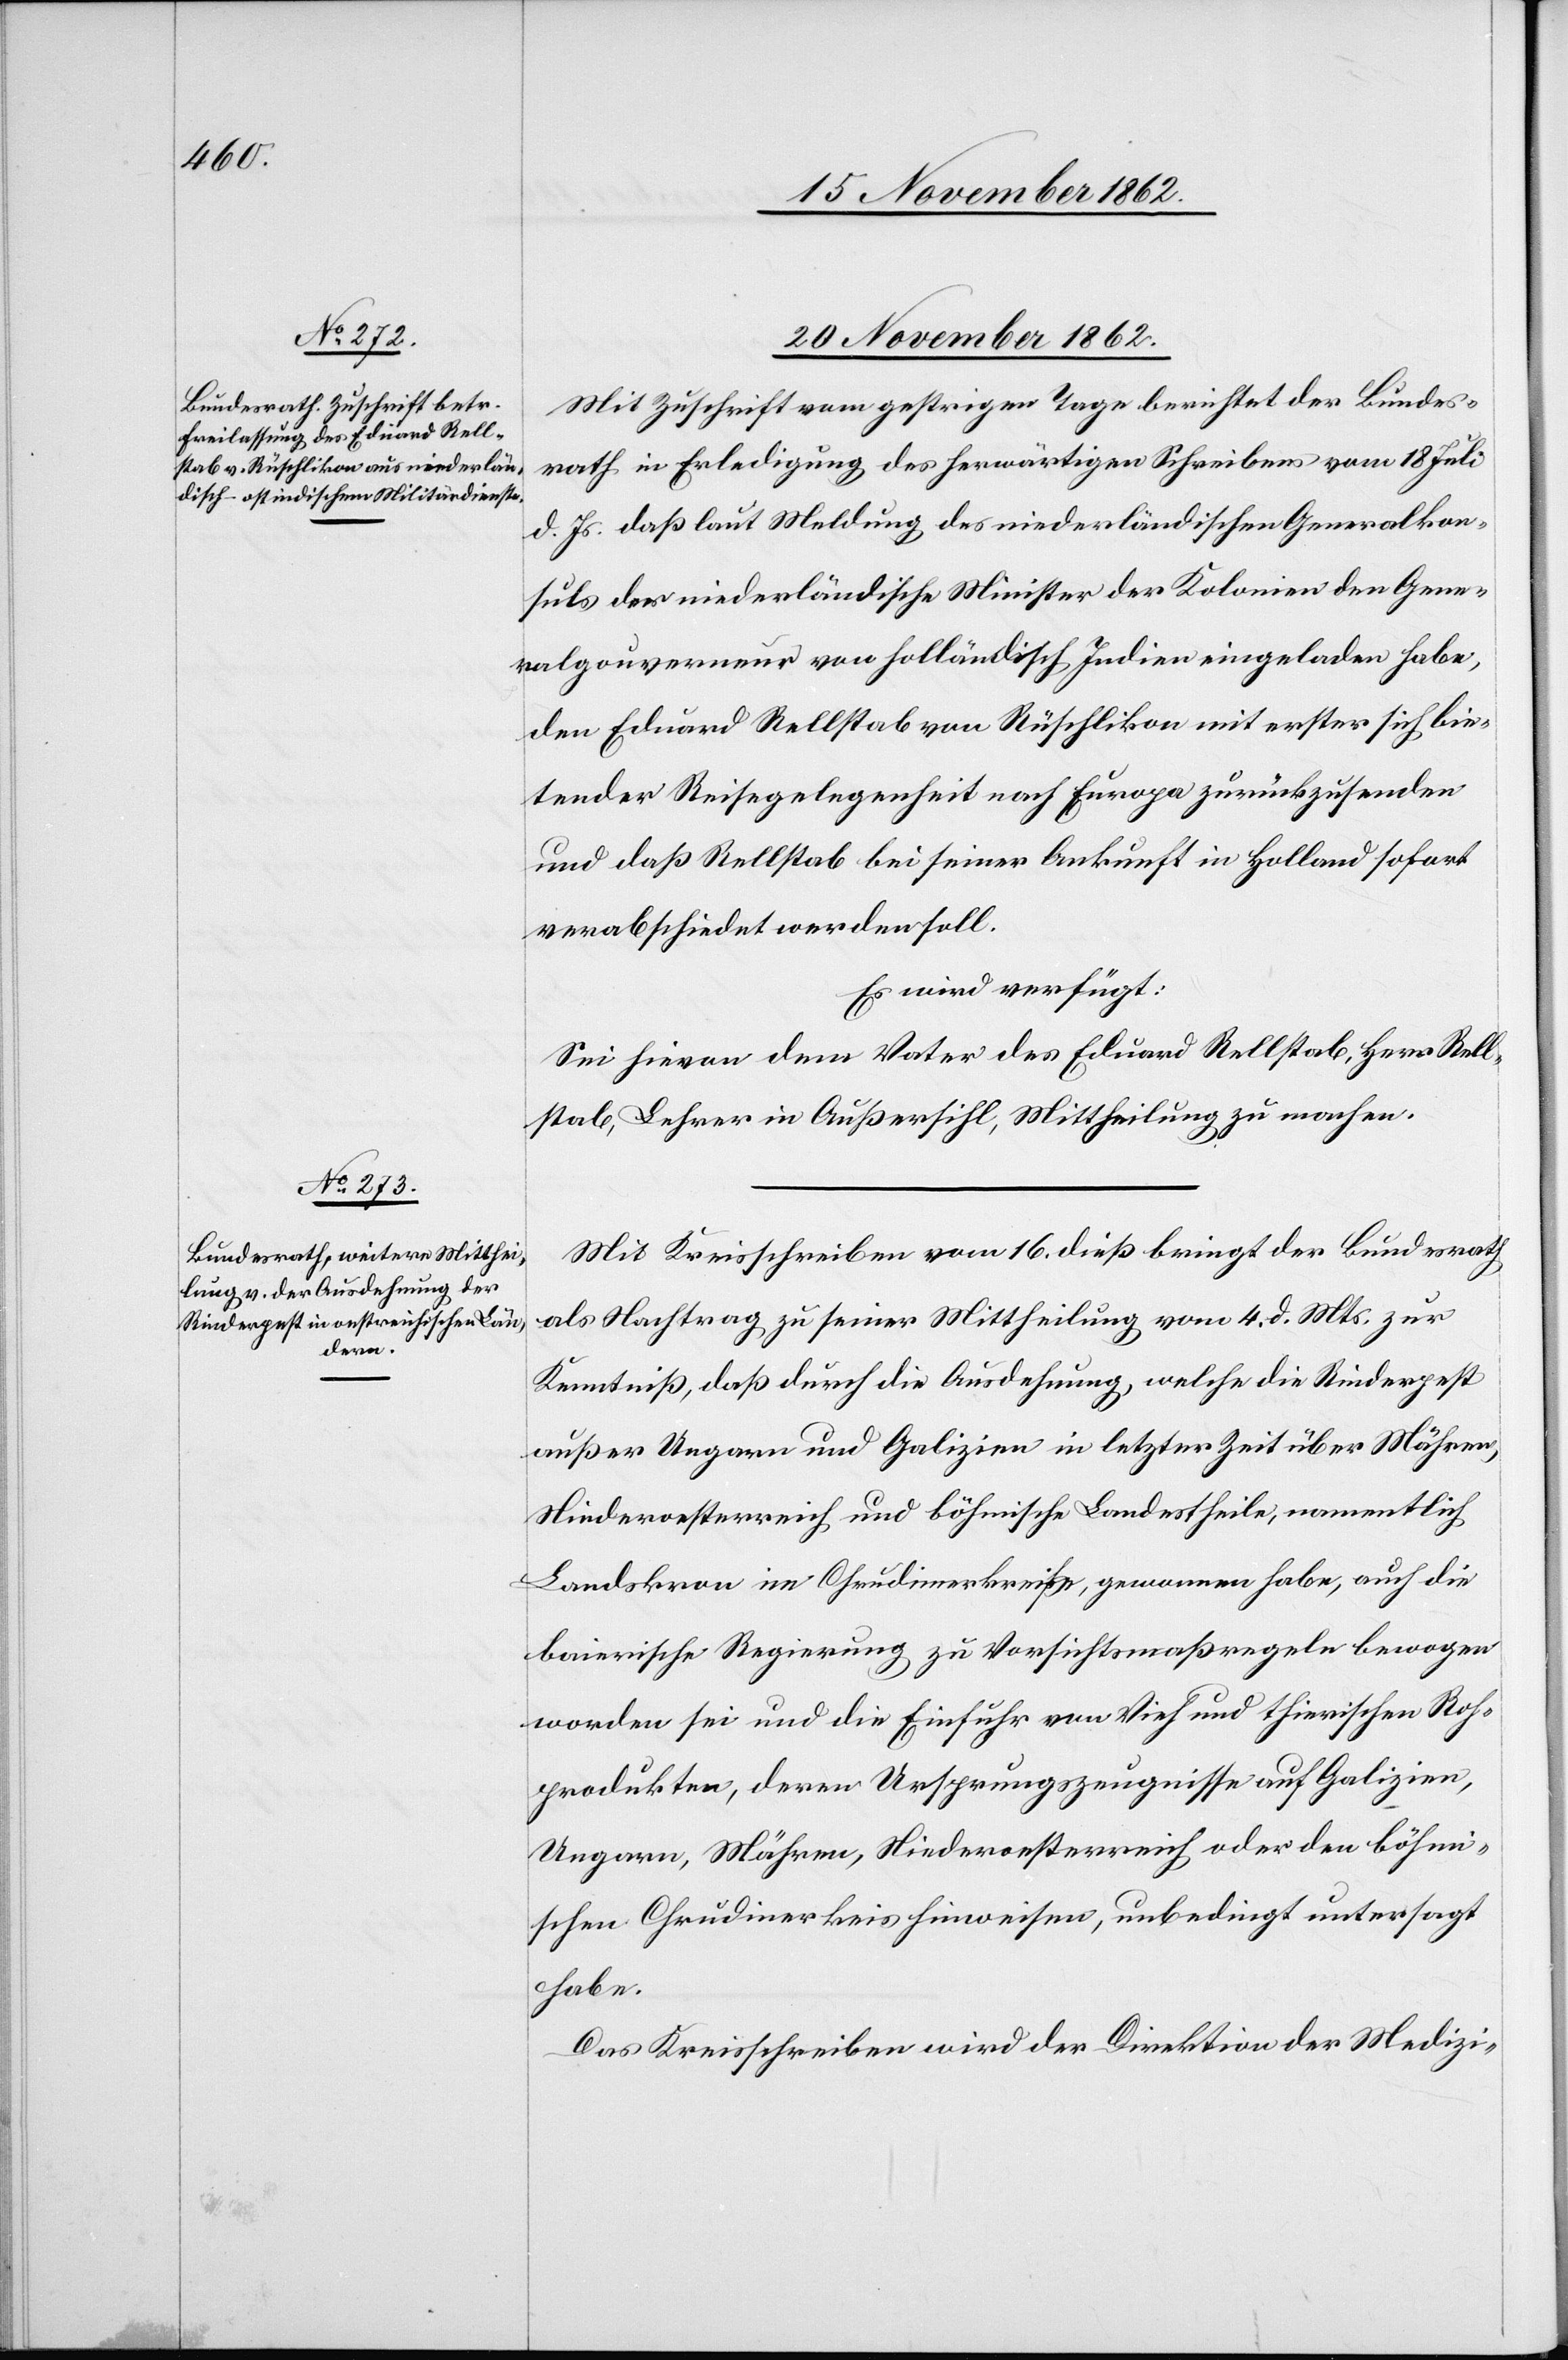
20. November 1862.]
Mit Zuschrift vom gestrigen Tage berichtet der Bundes¬
rath in Erledigung des herwärtigen Schreibens vom 18. Juli
d. Js. daß laut Meldung des niederländischen Generalkon¬
suls der niederländische Minister der Kolonien den Gene¬
ralgouverneur von holländisch Indien eingeladen habe,
den Eduard Rellstab von Rüschlikon mit erster sich bie¬
tender Reisegelegenheit nach Europa zurückzusenden
und daß Rellstab bei seiner Ankunft in Holland sofort
verabschiedet werden soll.
Es wird verfügt:
Sei hievon dem Vater des Eduard Rellstab, Herr Rell¬
stab, Lehrer in Außersihl, Mittheilung zu machen.
Mit Kreisschreiben vom 16. dieß bringt der Bundesrath
als Nachtrag zu seiner Mittheilung vom 4. d. Mts. zur
Kenntniß, daß durch die Ausdehnung, welche die Rinderpest
außer Ungarn und Galizien in letzter Zeit über Mähren,
Niederoesterreich und böhmische Landestheile, namentlich
Landskron im Chrudinerkreis, gewonnen habe, auch die
baierische Regierung zu Vorsichtsmaßregeln bewogen
worden sei und die Einfuhr vom Vieh und thierischen Roh¬
produkten, deren Ursprungszeugnisse auf Galizien,
Ungarn, Mähren, Niederoestrerreich oder den böhmi¬
schen Chrudinerkreis hinweisen, unbedingt untersagt
habe.
Das Kreisschreiben wird der Direktion der Medizi-